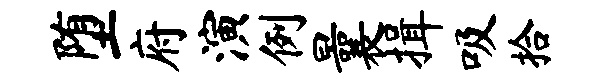
堕府演例曩揖吸拾